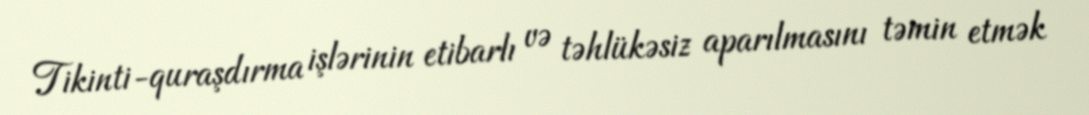
Tikinti-quraşdırma işlərinin etibarlı və təhlükəsiz aparılmasını təmin etmək